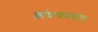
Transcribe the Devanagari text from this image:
शांघायमधील